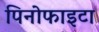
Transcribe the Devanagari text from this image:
पिनोफाइटा